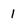
Character: 1